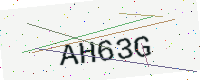
Text: AH63G